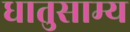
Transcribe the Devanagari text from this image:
धातुसाम्य